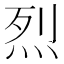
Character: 烈